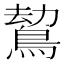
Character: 𪁍